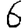
Digit: 6